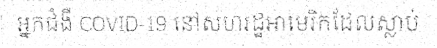
អ្នកជំងឺ COVID-19 នៅសហរដ្ឋអាមេរិកដែលស្លាប់